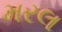
મરલ